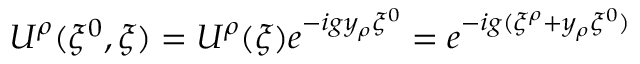
U ^ { \rho } ( \xi ^ { 0 } , \xi ) = U ^ { \rho } ( \xi ) e ^ { - i g y _ { \rho } \xi ^ { 0 } } = e ^ { - i g ( \xi ^ { \rho } + y _ { \rho } \xi ^ { 0 } ) }